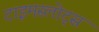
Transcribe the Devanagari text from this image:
टाइमस्लोट्स